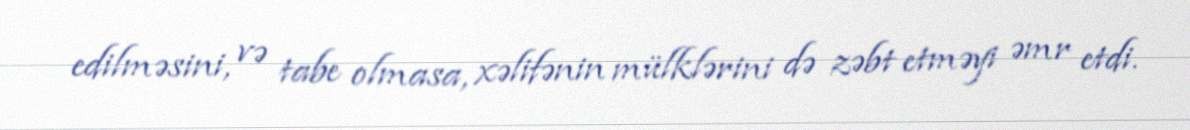
edilməsini, və tabe olmasa, xəlifənin mülklərini də zəbt etməyi əmr etdi.